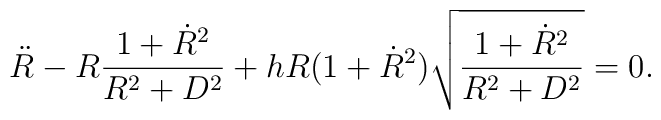
{\ddot R}-R\frac{1+{\dot R}^2}{R^2+D^2}+hR(1+{\dot R}^2)\sqrt{\frac{1+{\dot R}^2}{R^2+D^2}}=0.